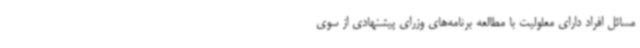
مسائل افراد دارای معلولیت با مطالعه برنامه‌های وزرای پیشنهادی از سوی